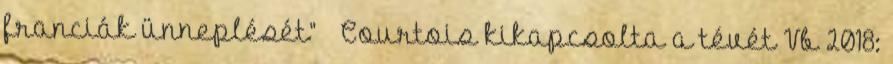
franciák ünneplését” – Courtois kikapcsolta a tévét Vb 2018: